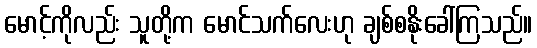
မောင့်ကိုလည်း သူတို့က မောင်သက်လေးဟု ချစ်စနိုးခေါ်ကြသည်။